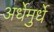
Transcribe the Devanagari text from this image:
अर्धेमुर्धे